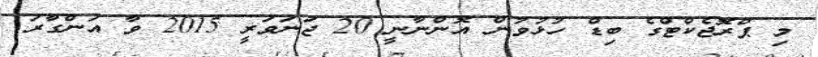
މި ޕްރޮޖެކްޓްގެ ބިޑް ހުޅުވުން އޮންނާނީ 20 ޖަނަވަރީ 2015 ވާ އަންގާރަ